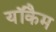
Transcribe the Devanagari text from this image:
यॉकैम